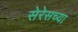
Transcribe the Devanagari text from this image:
सेरेसच्या